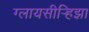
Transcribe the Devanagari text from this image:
ग्लायसीर्‍हिझा